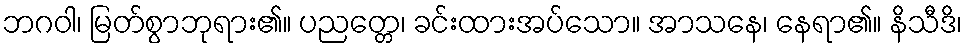
ဘဂဝါ၊ မြတ်စွာဘုရား၏။ ပညတ္တေ၊ ခင်းထားအပ်သော။ အာသနေ၊ နေရာ၏။ နိသီဒိ၊